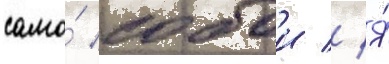
само́ собои // Я́